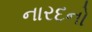
નારદનો